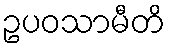
ဥပဝသာမီတိ